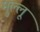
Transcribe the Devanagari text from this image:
मुल्लू